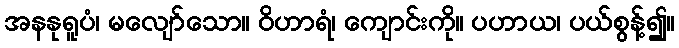
အနနုရူပံ၊ မလျော်သော။ ဝိဟာရံ၊ ကျောင်းကို။ ပဟာယ၊ ပယ်စွန့်၍။